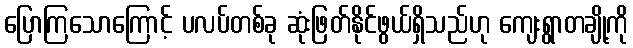
ပြောကြသောကြောင့် ပလပ်တစ်ခု ဆုံးဖြတ်နိုင်ဖွယ်ရှိသည်ဟု ကျေးရွာတချို့ကို